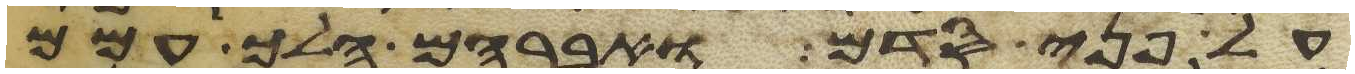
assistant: על פני סדם ואברהם הלך עמם